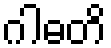
ဂါဓတိ